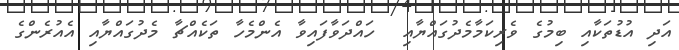
އަދި އުޑުތަކާއި ބިމުގެ ވެރިކަމާމެދުގައްޔާއި  ހައްދަވާފައިވާ އެންމެހާ ތަކެއްޗާ މެދުގައްޔާއި އެއުރެންގެ